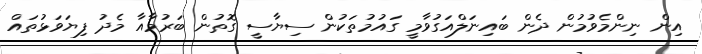
އިން ނިންމެވުމުން ދެން ބައިނަލްއަގުވާމީ ގައުމުތަކުން ސިޔާސީ ގޮތުން ބަރުމާއާ މެދު ފިޔަވަޅުތައް